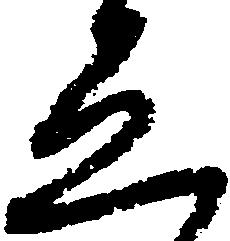
ゑ